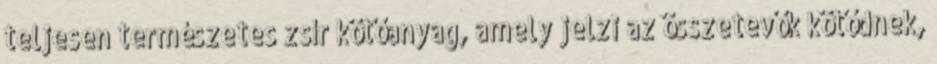
teljesen természetes zsír kötőanyag, amely jelzi az összetevők kötődnek,